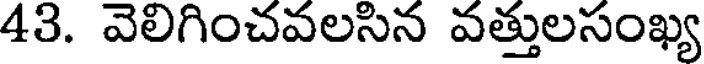
43. వెలిగించవలసిన వత్తులసంఖ్య